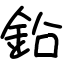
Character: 鉛